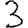
Digit: 3